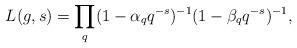
LaTeX: \begin{align*}L(g,s) = \prod_{q } (1-\alpha_q q^{-s})^{-1}(1-\beta_q q^{-s})^{-1},\end{align*}